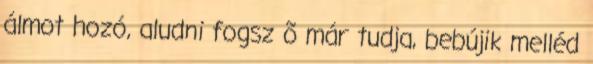
álmot hozó, aludni fogsz õ már tudja, bebújik melléd